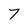
Character: 7